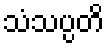
သံသပ္ပတိ